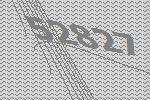
52827